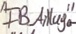
Text: "FB Anlage"